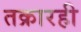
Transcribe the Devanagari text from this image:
तक्रारही